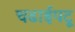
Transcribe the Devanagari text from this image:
चढाईपटू